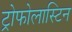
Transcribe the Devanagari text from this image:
ट्रोफोलास्टिन